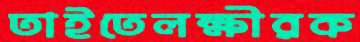
তাইতেলক্ষীরক